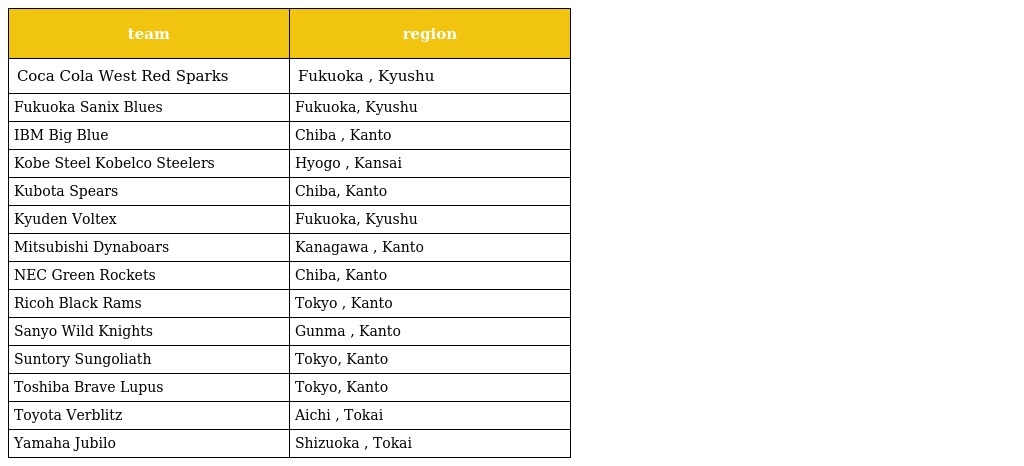
| team | region |
 | --- | --- |
 | Coca Cola West Red Sparks | Fukuoka , Kyushu |
 | Fukuoka Sanix Blues | Fukuoka, Kyushu |
 | IBM Big Blue | Chiba , Kanto |
 | Kobe Steel Kobelco Steelers | Hyogo , Kansai |
 | Kubota Spears | Chiba, Kanto |
 | Kyuden Voltex | Fukuoka, Kyushu |
 | Mitsubishi Dynaboars | Kanagawa , Kanto |
 | NEC Green Rockets | Chiba, Kanto |
 | Ricoh Black Rams | Tokyo , Kanto |
 | Sanyo Wild Knights | Gunma , Kanto |
 | Suntory Sungoliath | Tokyo, Kanto |
 | Toshiba Brave Lupus | Tokyo, Kanto |
 | Toyota Verblitz | Aichi , Tokai |
 | Yamaha Jubilo | Shizuoka , Tokai |